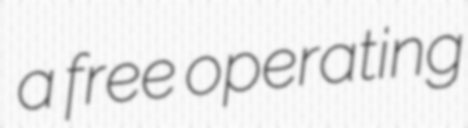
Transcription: a free operating